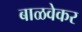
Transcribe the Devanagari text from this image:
बाळवेकर